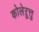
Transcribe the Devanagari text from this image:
कोलेऱुत्तु